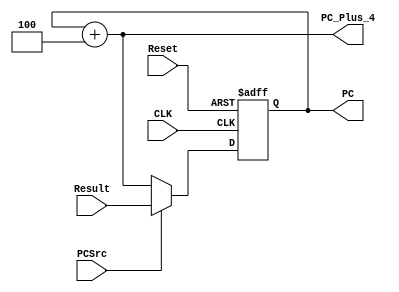
module ProgramCounter(
    input CLK,
    input Reset,
    input PCSrc,
    input [31:0] Result,
    
    output [31:0] PC,
    output [31:0] PC_Plus_4
); 

    reg [31:0] current_PC;
    wire [31:0] next_PC;

    always @(posedge CLK or posedge Reset) begin
        if (Reset) begin
            current_PC <= 32'b0;
        end
        else begin
            current_PC <= next_PC;
        end
    end

    assign PC = current_PC;
    assign PC_Plus_4 = current_PC + 32'd4;
    assign next_PC = PCSrc? Result: PC_Plus_4;

endmodule